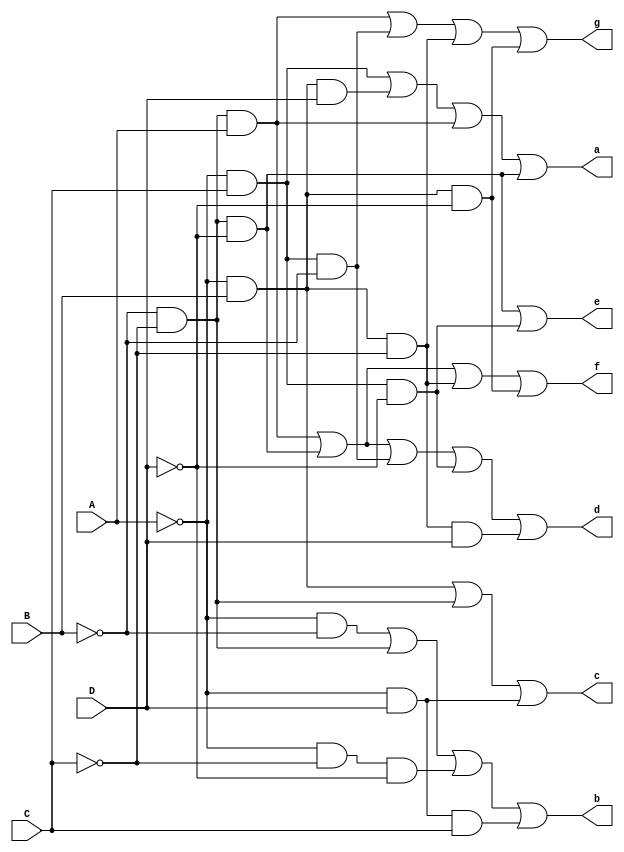
module BCD_to_7Segment (input A,B,C,D, output a,b,c,d,e,f,g);
  wire T0, T1, T2, T3, T4, T5, T6, T7, T8, T9;
  assign T0=~A&C;   assign T1=~A&B;    assign T2=~B&~C;
  assign T3=~A&D;   assign T4=T2&A;    assign T5=T2&~D;
  assign T6=T0&~B;  assign T7=T0&~D;   assign T8=T1&~C;
  assign T9=T1&~D;
  assign a = T0 | T1&D | T4 | T5;
  assign b = ~A&~B | T2 | ~A&~C&~D | T3&C;
  assign c = T1 | T2 | T3;
  assign d = T4 | T5 | T6 | T7 | T8&D;
  assign e = T5 | T7;
  assign f = T4 | T5 | T8 | T9;
  assign g = T4 | T6 | T8 | T9;
endmodule